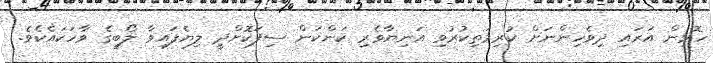
ހޮޅިން އަރައި ދިވެހިންނަށް ކުރިމަތިކުރުވި އަނިޔާވެރި ކަންކަން ސިފަކޮށްދީ ލިޔެފައިވާ ލޯބީގެ ވާހަކައެކެވެ.